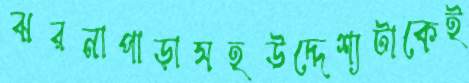
ঝরনাপাড়াসহউদ্দেশ্যটাকেই